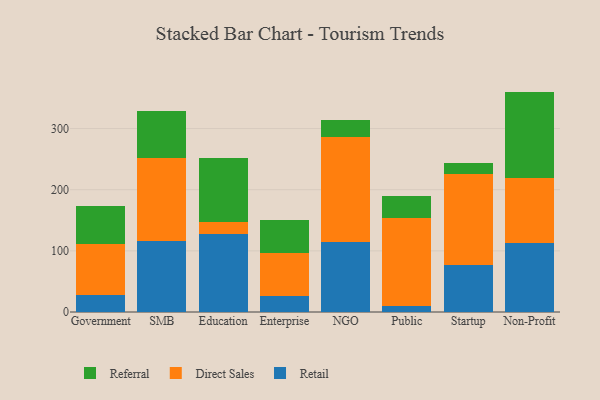
{"axis": {"x": "Segment", "y": "Satisfaction Score"}, "legend": ["Direct Sales", "Referral", "Retail"], "data": [{"x": "Government", "y": 27.8, "type": "Retail"}, {"x": "Government", "y": 83.2, "type": "Direct Sales"}, {"x": "Government", "y": 61.8, "type": "Referral"}, {"x": "SMB", "y": 116.4, "type": "Retail"}, {"x": "SMB", "y": 135.8, "type": "Direct Sales"}, {"x": "SMB", "y": 75.8, "type": "Referral"}, {"x": "Education", "y": 127.6, "type": "Retail"}, {"x": "Education", "y": 19.3, "type": "Direct Sales"}, {"x": "Education", "y": 105.7, "type": "Referral"}, {"x": "Enterprise", "y": 26.3, "type": "Retail"}, {"x": "Enterprise", "y": 70.9, "type": "Direct Sales"}, {"x": "Enterprise", "y": 54.0, "type": "Referral"}, {"x": "NGO", "y": 114.2, "type": "Retail"}, {"x": "NGO", "y": 172.2, "type": "Direct Sales"}, {"x": "NGO", "y": 27.9, "type": "Referral"}, {"x": "Public", "y": 9.4, "type": "Retail"}, {"x": "Public", "y": 144.4, "type": "Direct Sales"}, {"x": "Public", "y": 36.2, "type": "Referral"}, {"x": "Startup", "y": 77.1, "type": "Retail"}, {"x": "Startup", "y": 148.7, "type": "Direct Sales"}, {"x": "Startup", "y": 17.6, "type": "Referral"}, {"x": "Non-Profit", "y": 113.3, "type": "Retail"}, {"x": "Non-Profit", "y": 106.2, "type": "Direct Sales"}, {"x": "Non-Profit", "y": 140.9, "type": "Referral"}]}